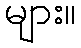
များ။